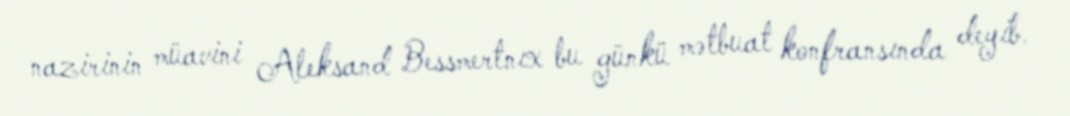
nazirinin müavini Aleksand Bessmertnıx bu günkü mətbuat konfransında deyib.